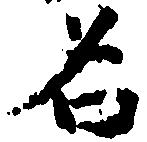
名